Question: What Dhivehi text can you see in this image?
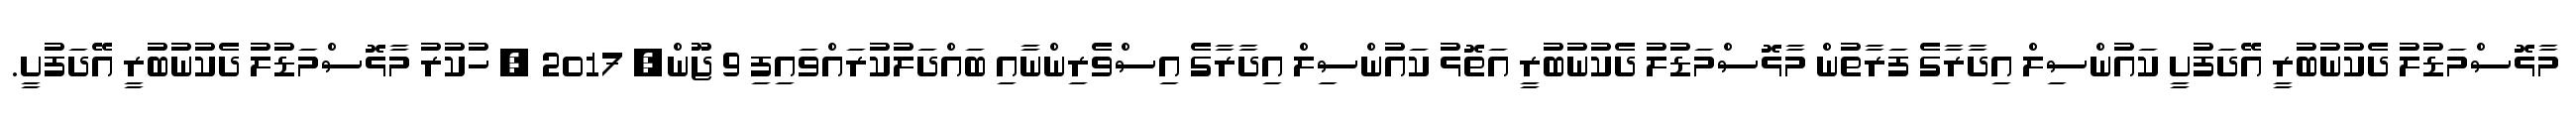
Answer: މާޅޮސްމަޑުލު ދެކުނުބުރީ އޭދަފުށީ ކައުންސިލް އިދާރާގެ ފަރާތުން މާޅޮސްމަޑުލު ދެކުނުބުރީ އަތޮޅު ކައުންސިލް އިދާރާގެ އިސްވެރިންނާއި ބައްދަލުކުރައްވައިފި 9 ޖޫން, 2017 , ހުކުރު މާޅޮސްމަޑުލު ދެކުނުބުރީ އޭދަފުށީ.